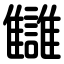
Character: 讎